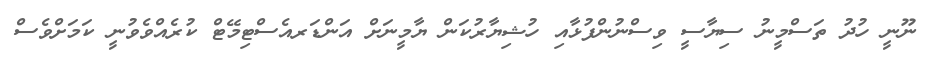
ނޫނީ ހުދު ތަސްމީނު ސިޔާސީ ވިސްނުންފުޅާއި ހުޝިޔާރުކަން ޔާމީނަށް އަންޑަރއެސްޓިމޭޓް ކުރެއްވެވުނީ ކަމަށްވެސް